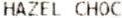
HAZEL CHOC